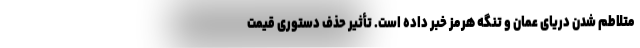
متلاطم شدن دریای عمان و تنگه هرمز خبر داده است. تأثیر حذف دستوری قیمت